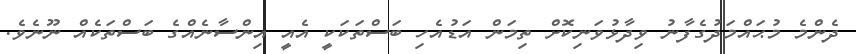
ދެންމެ މުޙައްމަދުގެފާނު ވިދާޅުވަނިކޮށް ތިމަން އަޑުއެހި ބަސްތަކަކީ އެއީ އިންސާނެއްގެ ބަސްތަކެއް ނޫނެވެ.